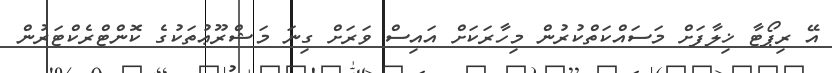
އޭ ރިޕޯޓާ ޚިލާފަށް މަސައްކަތްކުރުން މިހާރަކަށް އައިސް ވަރަށް ގިނަ މަޝްރޫޢުތަކުގެ ކޮންޓްރެކްޓަރުން